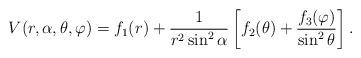
LaTeX: \begin{align*}V(r,\alpha,\theta ,\varphi )=f_{1}(r)+\frac{1}{r^{2}\sin ^{2}\alpha } \left[f_{2}(\theta )+ \frac{f_{3}(\varphi )}{\sin ^{2}\theta } \right].\end{align*}